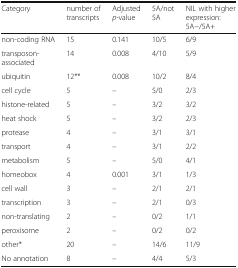
<table><thead><tr><td><b>Category</b></td><td><b>number of transcripts</b></td><td><b>Adjusted <i>p</i>-value</b></td><td><b>5A/not 5A</b></td><td><b>NIL with higher expression: 5A−/5A+</b></td></tr></thead><tbody><tr><td>non-coding RNA</td><td>15</td><td>0.141</td><td>10/5</td><td>6/9</td></tr><tr><td>transposon-associated</td><td>14</td><td>0.008</td><td>4/10</td><td>5/9</td></tr><tr><td>ubiquitin</td><td>12**</td><td>0.008</td><td>10/2</td><td>8/4</td></tr><tr><td>cell cycle</td><td>5</td><td>–</td><td>5/0</td><td>2/3</td></tr><tr><td>histone-related</td><td>5</td><td>–</td><td>3/2</td><td>3/2</td></tr><tr><td>heat shock</td><td>5</td><td>–</td><td>3/2</td><td>2/3</td></tr><tr><td>protease</td><td>4</td><td>–</td><td>3/1</td><td>3/1</td></tr><tr><td>transport</td><td>4</td><td>–</td><td>3/1</td><td>2/2</td></tr><tr><td>metabolism</td><td>5</td><td>–</td><td>5/0</td><td>4/1</td></tr><tr><td>homeobox</td><td>4</td><td>0.001</td><td>3/1</td><td>1/3</td></tr><tr><td>cell wall</td><td>3</td><td>–</td><td>2/1</td><td>2/1</td></tr><tr><td>transcription</td><td>3</td><td>–</td><td>2/1</td><td>0/3</td></tr><tr><td>non-translating</td><td>2</td><td>–</td><td>0/2</td><td>1/1</td></tr><tr><td>peroxisome</td><td>2</td><td>–</td><td>0/2</td><td>0/2</td></tr><tr><td>other*</td><td>20</td><td>–</td><td>14/6</td><td>11/9</td></tr><tr><td>No annotation</td><td>8</td><td>–</td><td>4/4</td><td>5/3</td></tr></tbody></table>